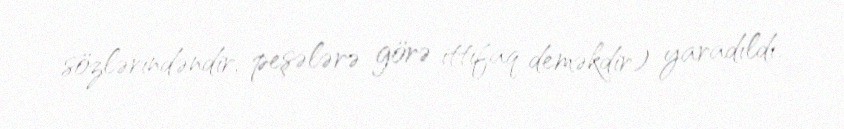
sözlərindəndir, peşələrə görə ittifaq deməkdir) yaradıldı.